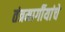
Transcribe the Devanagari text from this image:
तंत्रमार्गीयांचे